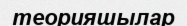
теорияшылар